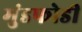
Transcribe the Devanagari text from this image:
मुंडफोडी